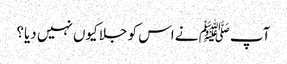
آپﷺ نے اس کو جلا کیوں نہیں دیا؟